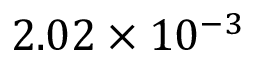
2 . 0 2 \times 1 0 ^ { - 3 }